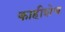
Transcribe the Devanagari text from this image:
काहीशेच